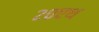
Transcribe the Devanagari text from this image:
२०एथ